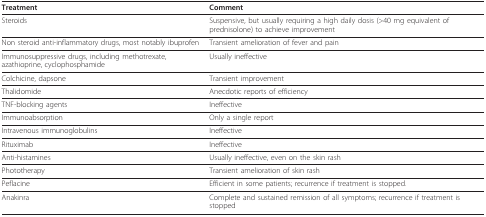
<table><thead><tr><td><b>Treatment</b></td><td><b>Comment</b></td></tr></thead><tbody><tr><td>Steroids</td><td>Suspensive, but usually requiring a high daily dosis (&gt;40 mg equivalent of prednisolone) to achieve improvement</td></tr><tr><td>Non steroid anti-inflammatory drugs, most notably ibuprofen</td><td>Transient amelioration of fever and pain</td></tr><tr><td>Immunosuppressive drugs, including methotrexate, azathioprine, cyclophosphamide</td><td>Usually ineffective</td></tr><tr><td>Colchicine, dapsone</td><td>Transient improvement</td></tr><tr><td>Thalidomide</td><td>Anecdotic reports of efficiency</td></tr><tr><td>TNF-blocking agents</td><td>Ineffective</td></tr><tr><td>Immunoabsorption</td><td>Only a single report</td></tr><tr><td>Intravenous immunoglobulins</td><td>Ineffective</td></tr><tr><td>Rituximab</td><td>Ineffective</td></tr><tr><td>Anti-histamines</td><td>Usually ineffective, even on the skin rash</td></tr><tr><td>Phototherapy</td><td>Transient amelioration of skin rash</td></tr><tr><td>Peflacine</td><td>Efficient in some patients; recurrence if treatment is stopped.</td></tr><tr><td>Anakinra</td><td>Complete and sustained remission of all symptoms; recurrence if treatment is stopped</td></tr></tbody></table>